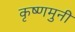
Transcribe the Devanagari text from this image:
कृष्णमुनी